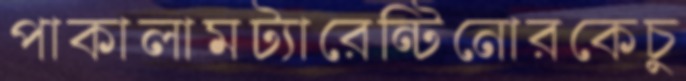
পাকালামট্যারেন্টিনোরকেচু